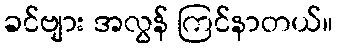
ခင်ဗျား အလွန် ကြင်နာတယ်။